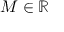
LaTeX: M \in \mathbb { R }